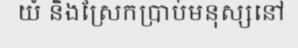
យំ និងស្រែកប្រាប់មនុស្សនៅ